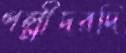
পল্লীদরদি